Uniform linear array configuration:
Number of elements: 32
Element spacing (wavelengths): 1
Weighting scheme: uniform
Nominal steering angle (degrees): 30
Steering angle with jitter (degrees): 28.199
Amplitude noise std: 0.05
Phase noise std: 0.05

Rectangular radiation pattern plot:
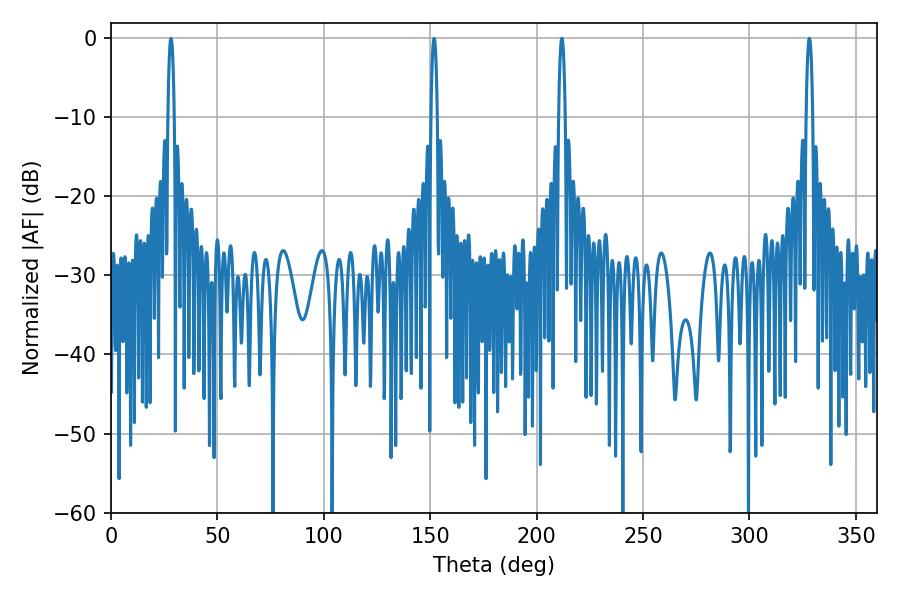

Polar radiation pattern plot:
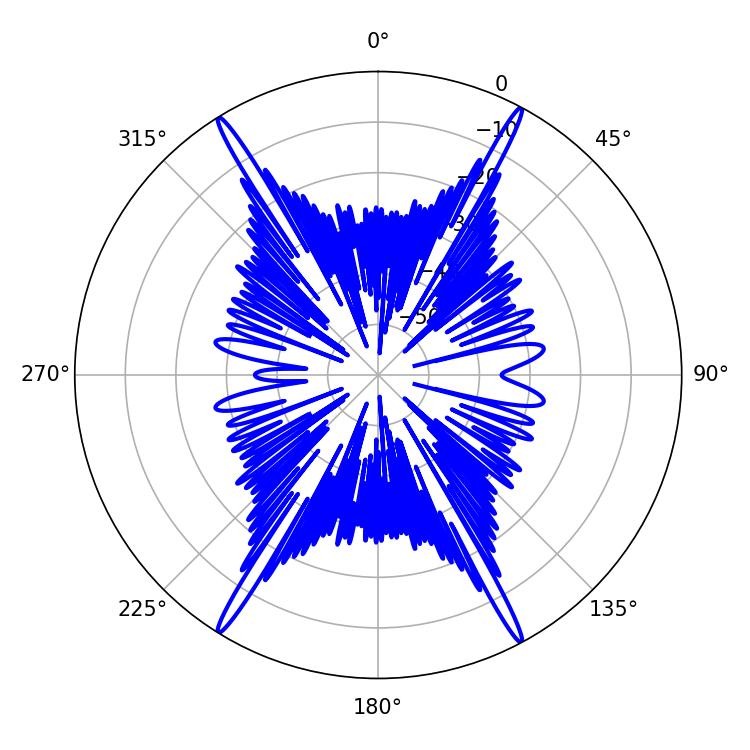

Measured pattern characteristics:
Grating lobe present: TRUE
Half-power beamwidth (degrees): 1.8
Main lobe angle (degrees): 211.86